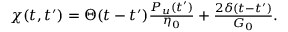
\begin{array} { r } { \chi ( t , t ^ { \prime } ) = \Theta ( t - t ^ { \prime } ) \frac { P _ { u } ( t ^ { \prime } ) } { \eta _ { 0 } } + \frac { 2 \delta ( t - t ^ { \prime } ) } { G _ { 0 } } . } \end{array}